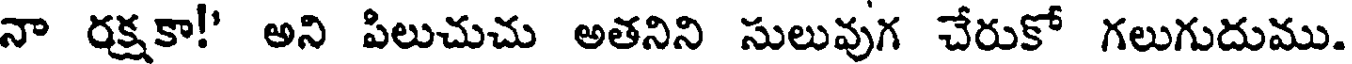
నా రక్షకా!' అని పిలుచుచు అతనిని సులువుగ చేరుకో గలుగుదుము.